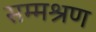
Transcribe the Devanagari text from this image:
सम्मश्रण